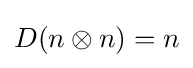
D(n\otimes n)=n